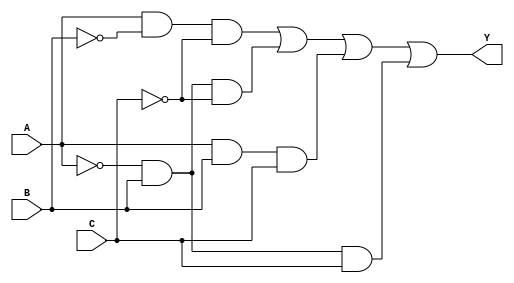
module sop_simplification (
    input wire A, // Input A
    input wire B, // Input B
    input wire C, // Input C
    output wire Y // Output Y
);

// Simplified SOP Expression based on identified minterms (1, 2, 5, 6)
assign Y = (A & ~B & ~C) | (~A & B & ~C) | (A & B & C) | (~A & B & C);

// Testbench to validate the functionality
endmodule